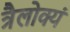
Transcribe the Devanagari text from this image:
त्रैलोक्यं